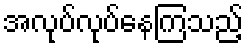
အလုပ်လုပ်နေကြသည့်